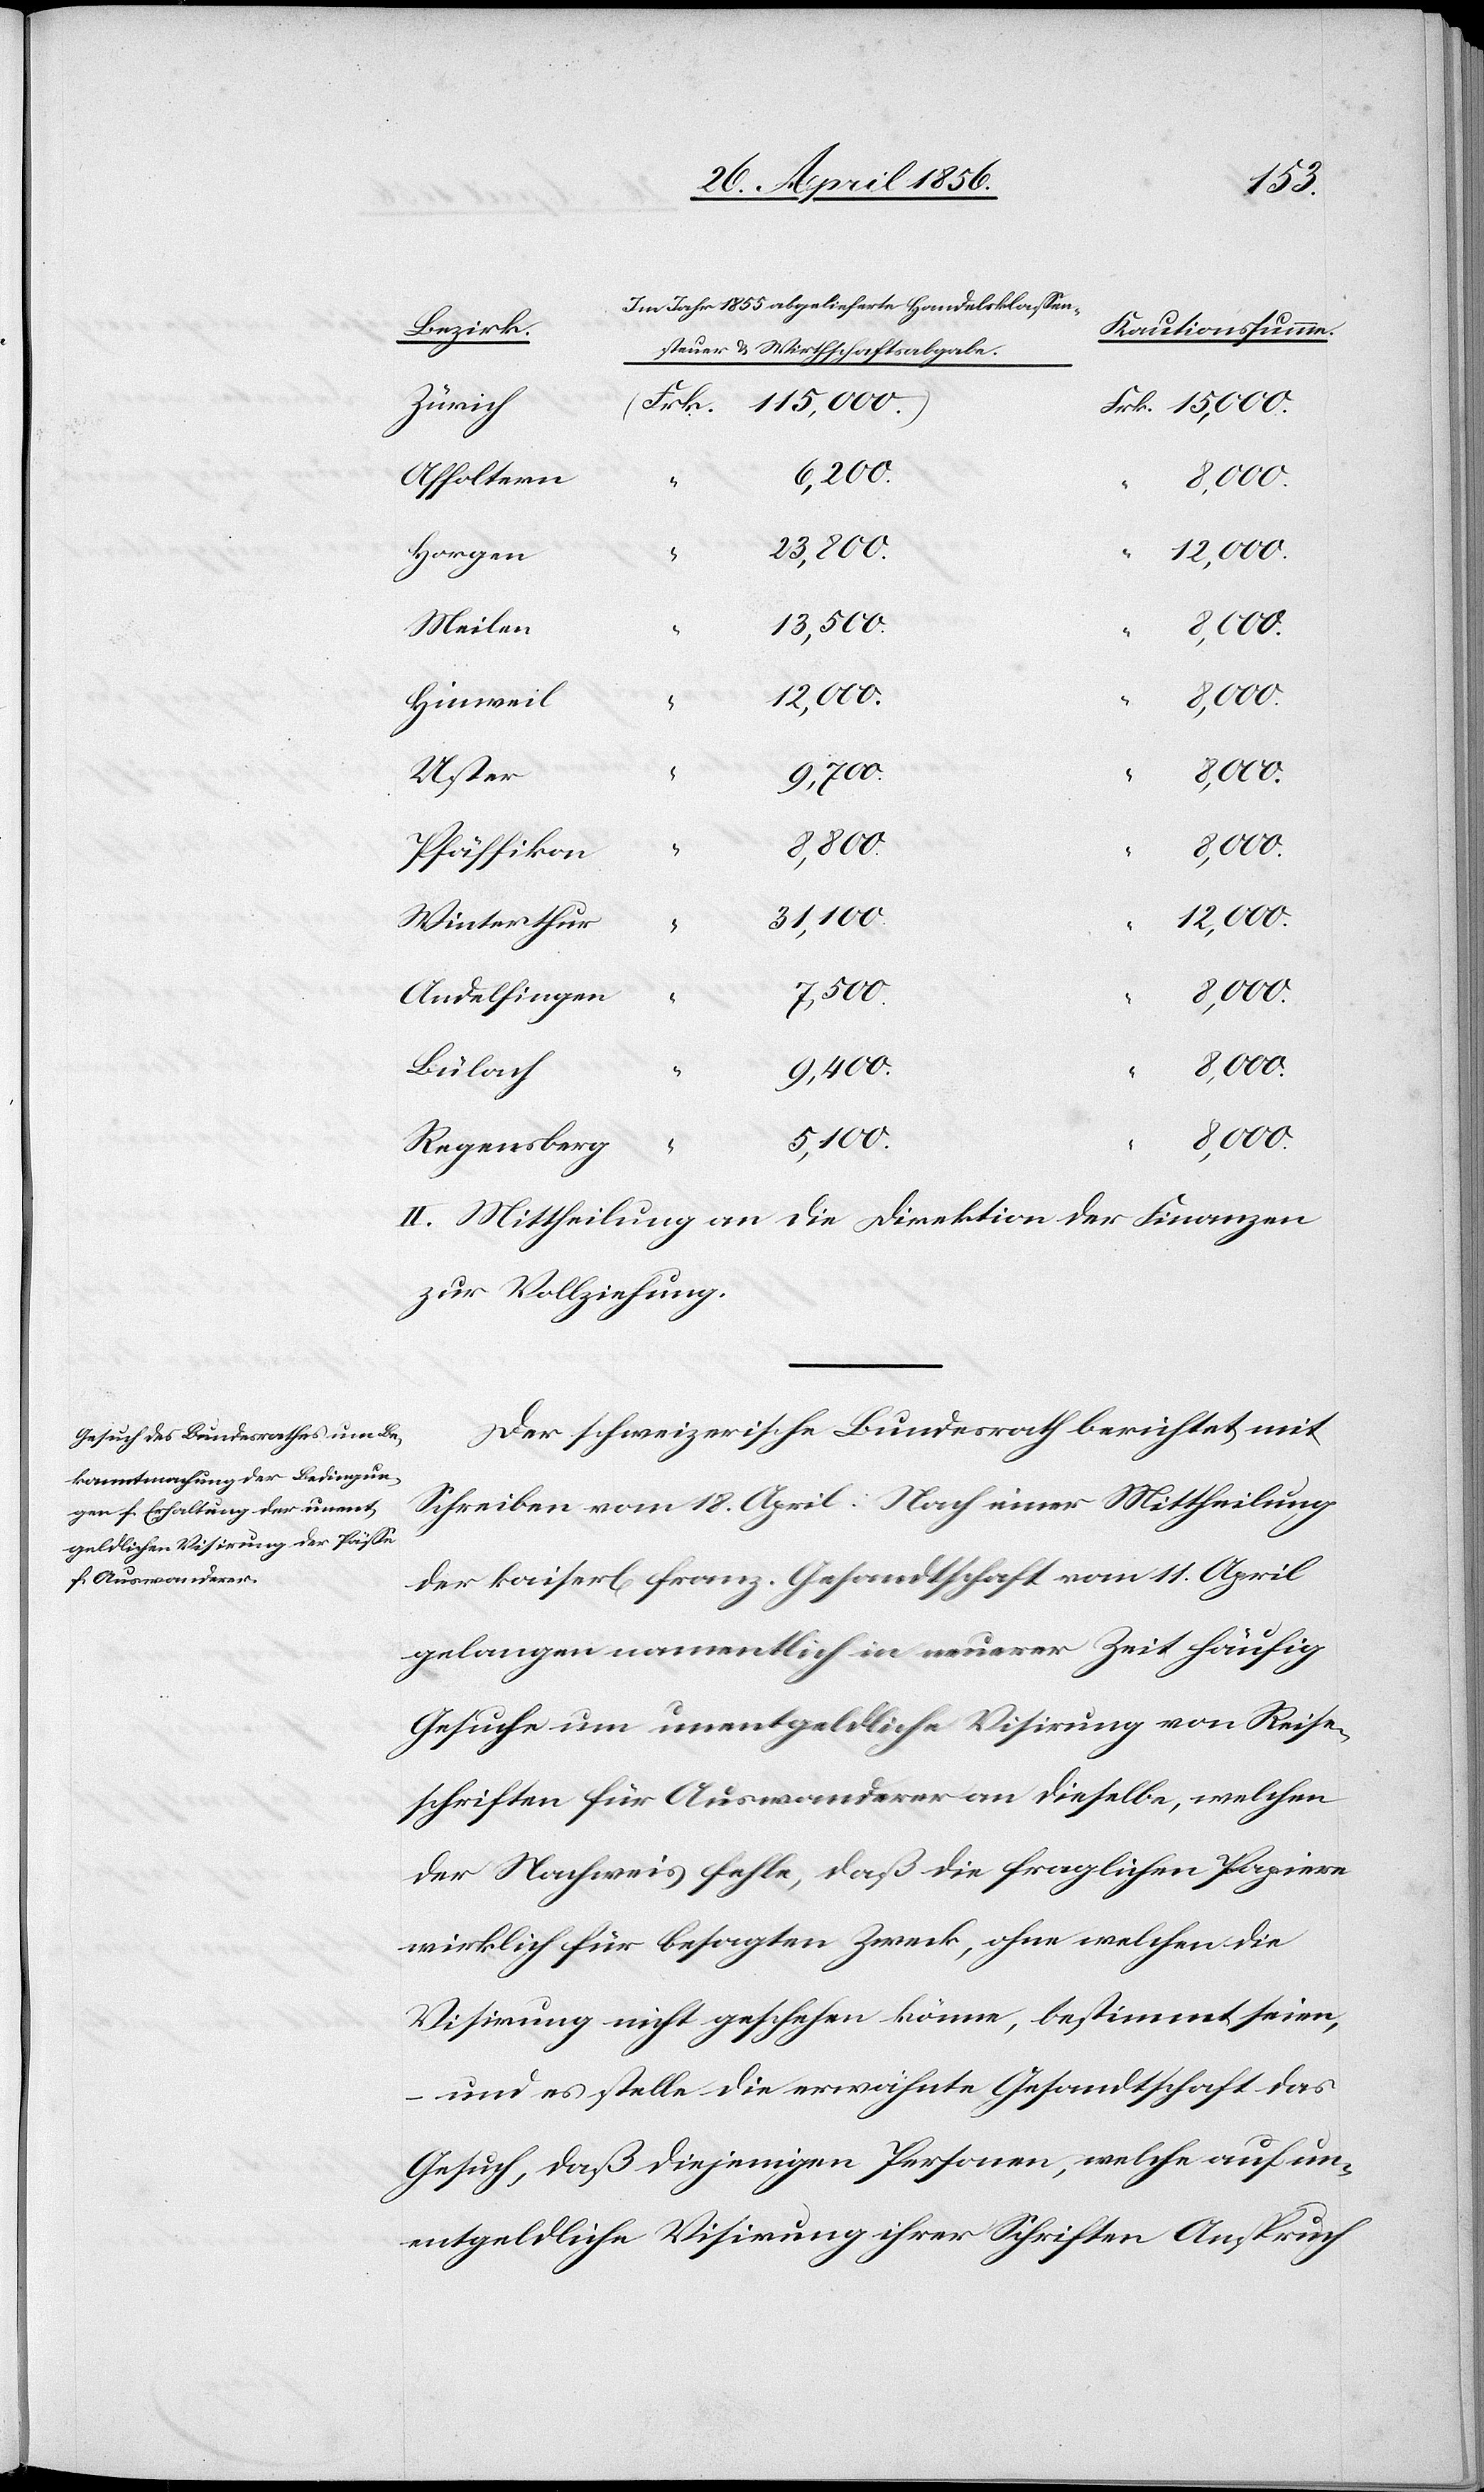
Im Jahr 1855 abgelieferte Handelsklassen¬
Bezirk
Kautionssumme.
steuer & Wirthschaftsabgabe.
Frk.
15,000.
Zürich
6,200.
Affoltern
“
23,800.
“
12,000.
Horgen
13,500.
5,100.
Meilen
Hinweil
Uster
“
9,400.
Pfäffikon
31,100.
Winterthur
Andelfingen
Bülach
8,000.
Regensberg
II. Mittheilung an die Direktion der Finanzen
zur Vollziehung.
Der schweizerische Bundesrath berichtet mit
Schreiben vom 18. April: Nach einer Mittheilung
der kaiserl[ichen] franz. Gesandtschaft vom 11. April
gelangen namentlich in neuerer Zeit häufig
Gesuche um unentgeldliche Visirung von Reise¬
schriften für Auswanderer an dieselbe, welchen
der Nachweis fehle, daß die fraglichen Papiere
wirklich für besagten Zweck, ohne welchen die
Visirung nicht geschehen könne, bestimmt seien,
und es stelle die erwähnte Gesandtschaft das
Gesuch, daß diejenigen Personen, welche auf un¬
entgeldliche Visirung ihrer Schriften Anspruch